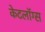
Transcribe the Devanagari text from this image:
केटलॉग्स